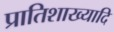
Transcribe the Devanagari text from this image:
प्रातिशाख्यादि